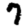
Digit: 7